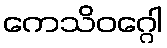
ကေသိဝဂ္ဂေါ